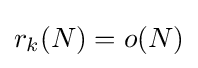
r_{k}(N)=o(N)